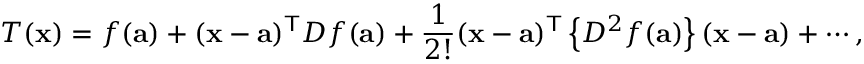
T ( \mathbf { x } ) = f ( \mathbf { a } ) + ( \mathbf { x } - \mathbf { a } ) ^ { \mathsf { T } } D f ( \mathbf { a } ) + { \frac { 1 } { 2 ! } } ( \mathbf { x } - \mathbf { a } ) ^ { \mathsf { T } } \left\{ D ^ { 2 } f ( \mathbf { a } ) \right\} ( \mathbf { x } - \mathbf { a } ) + \cdots ,